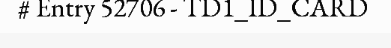
# Entry 52706 - TD1_ID_CARD